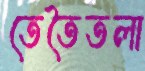
তেতৈতলা